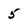
Character: 5